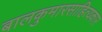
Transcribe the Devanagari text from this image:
बालकुमारसाहित्यकार